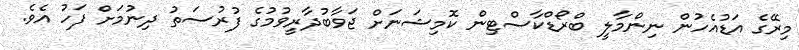
މިރޭގެ އަޑުއެހުން ނިންމާލީ ބްރޯޑްކާސްޓިން ކޮމިޝަނަށް ޖަވާބުދާރީވުމުގެ ފުރުސަތު ދިނުމަށް ފަހު އެވެ.